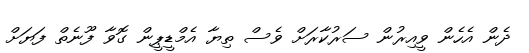
ދެން އެހެން ވީއިރުން ސަރުކާރަށް ވެސް ތިޔާ އެމްޑީޕީން ގޮވާ ފޫނެތް ފަޔަށް